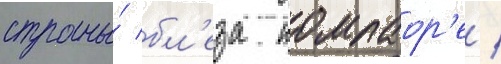
страны́ бл'еза компаор'е /